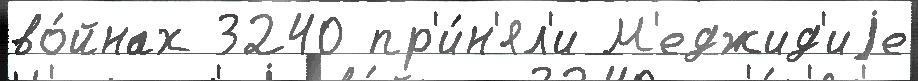
во́йнах 3240 пр'и́н'ял'и М'еджид'иjе